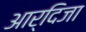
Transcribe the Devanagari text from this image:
आर्दिजा